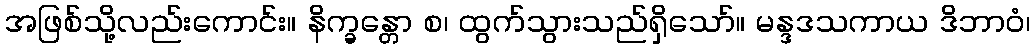
အဖြစ်သို့လည်းကောင်း။ နိက္ခန္တော စ၊ ထွက်သွားသည်ရှိသော်။ မန္ဒဒသကာယ ဒိဘာဝံ၊